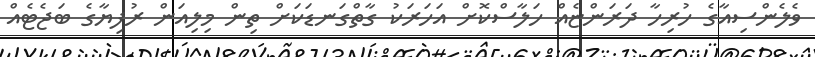
ވެލެންސިއާގެ ހުރިހާ ދަރަންޏެއް ހަލާސްކޮށް އަހަރަކު ގާތްގަނޑަކަށް ތިން މިލިއަން ރުފިޔާގެ ބަޖެޓެއް